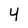
Character: 4